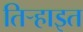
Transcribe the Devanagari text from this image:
तिर्‍हाइत